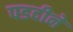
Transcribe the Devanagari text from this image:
पडदीने